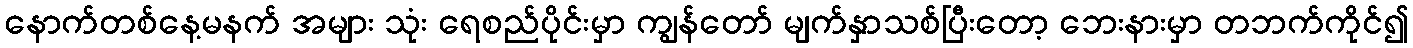
နောက်တစ်နေ့မနက် အများ သုံး ရေစည်ပိုင်းမှာ ကျွန်တော် မျက်နှာသစ်ပြီးတော့ ဘေးနားမှာ တဘက်ကိုင်၍